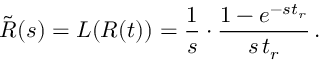
\tilde { R } ( s ) = { \cal L } ( R ( t ) ) = \frac { 1 } { s } \cdot \frac { 1 - e ^ { - s t _ { r } } } { s \, t _ { r } } \, .